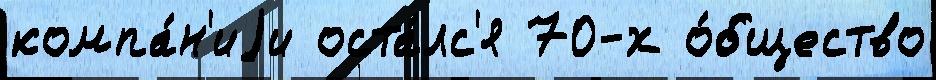
компа́н'иjи оста́лс'я 70-х о́бщество